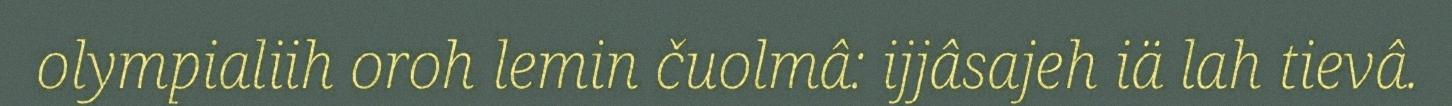
olympialiih oroh lemin čuolmâ: ijjâsajeh iä lah tievâ.